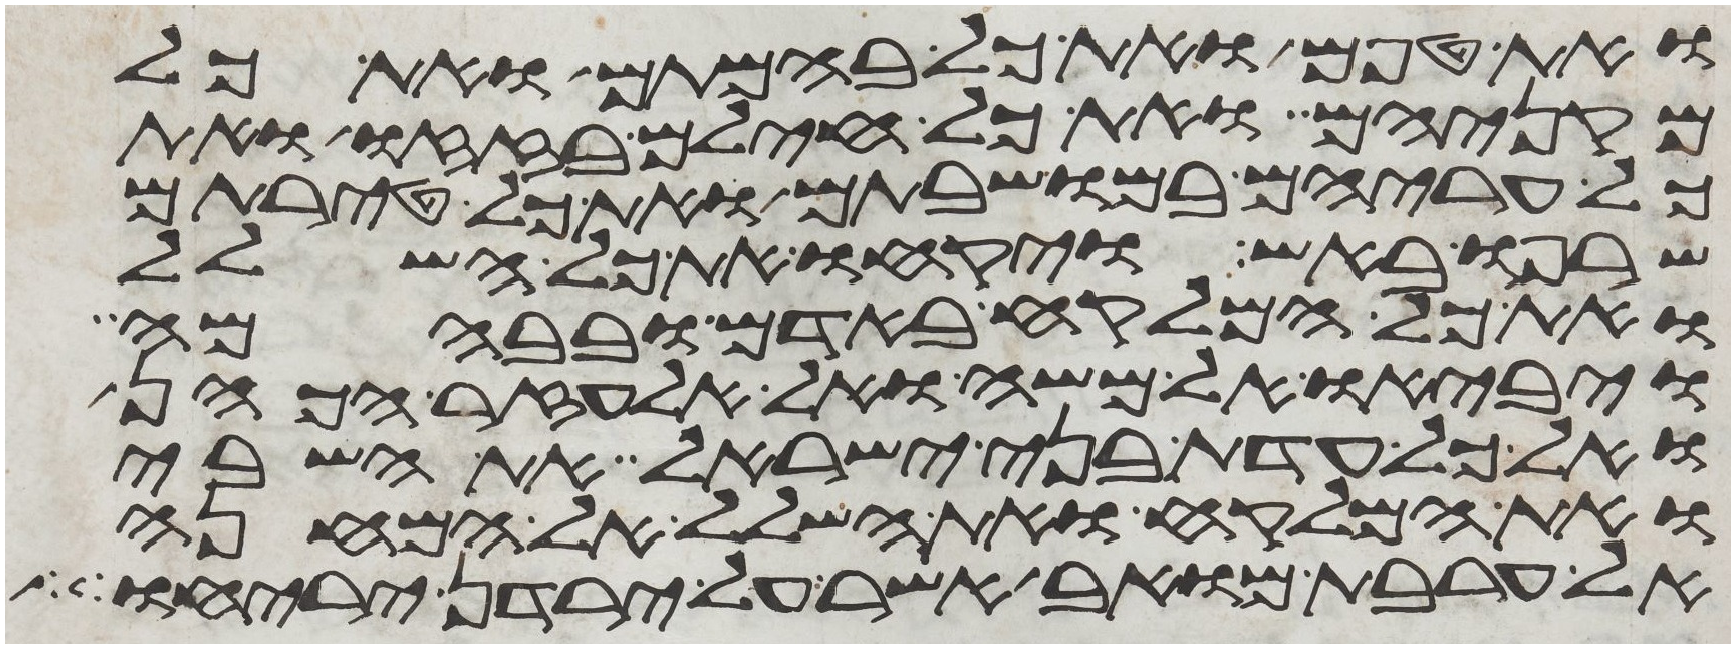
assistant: ואת טפם ואת כל בהמתם ואת כל
מקניהם ואת כל חילם בזזו ואת
כל עריהם במושבתם ואת כל טירתם
שרפו באש ויקחו את כל השלל
ואת כל המלקח באדם ובבהמה
ויביאו אל משה ואל אלעזר הכהן
ואל כל עדת בני ישראל את השבי
ואת המלקח ואת השלל אל המחנה
אל ערבת מואב אשר על ירדן יריחו